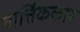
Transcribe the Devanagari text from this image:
वार्त्तिककार